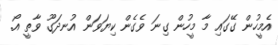
އެމީހުން ގޭގައި މާ މީހުން ގިނަ ވެގެން ކިޔަވަން އުނދަގޫ ވާތީ އޯ.